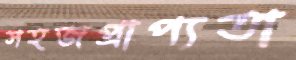
সহজপ্রাপ্যতা